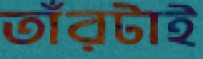
তাঁরটাই